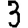
Digit: 3